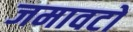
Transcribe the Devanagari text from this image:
जमावटों